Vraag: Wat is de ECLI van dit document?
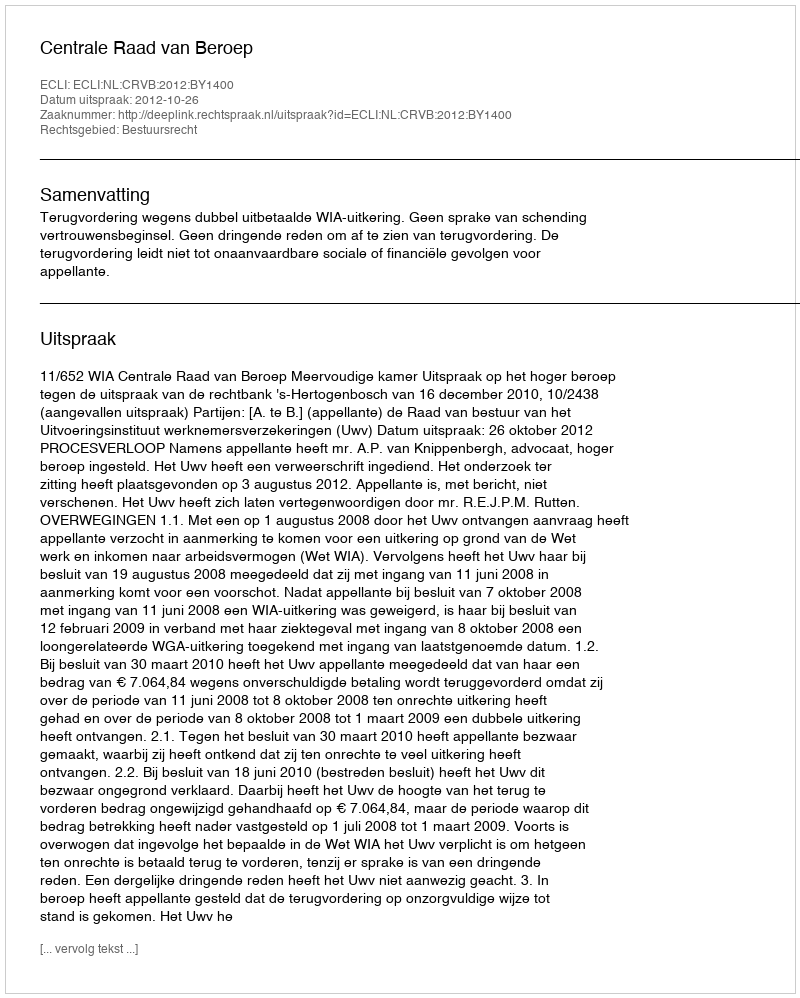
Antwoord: ECLI:NL:CRVB:2012:BY1400